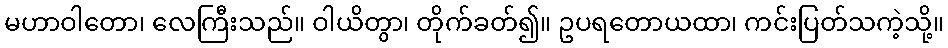
မဟာဝါတော၊ လေကြီးသည်။ ဝါယိတွာ၊ တိုက်ခတ်၍။ ဥပရတောယထာ၊ ကင်းပြတ်သကဲ့သို့။